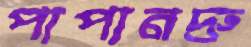
পাপানদ্রু